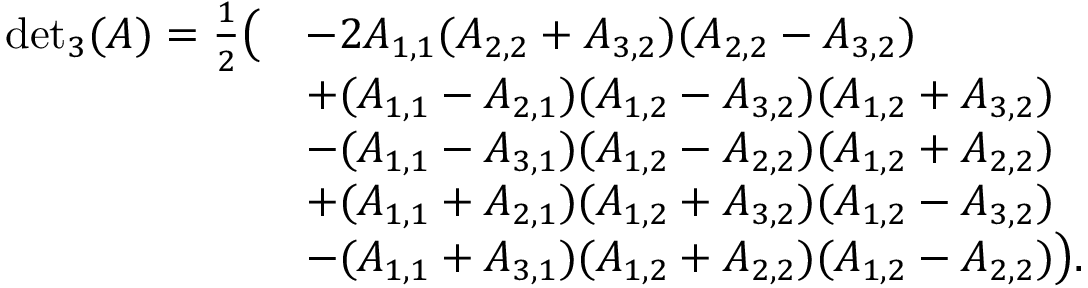
\begin{array} { r l } { { \operatorname* { d e t } } _ { 3 } ( A ) = \frac { 1 } { 2 } \big ( } & { - 2 A _ { 1 , 1 } ( A _ { 2 , 2 } + A _ { 3 , 2 } ) ( A _ { 2 , 2 } - A _ { 3 , 2 } ) } \\ & { + ( A _ { 1 , 1 } - A _ { 2 , 1 } ) ( A _ { 1 , 2 } - A _ { 3 , 2 } ) ( A _ { 1 , 2 } + A _ { 3 , 2 } ) } \\ & { - ( A _ { 1 , 1 } - A _ { 3 , 1 } ) ( A _ { 1 , 2 } - A _ { 2 , 2 } ) ( A _ { 1 , 2 } + A _ { 2 , 2 } ) } \\ & { + ( A _ { 1 , 1 } + A _ { 2 , 1 } ) ( A _ { 1 , 2 } + A _ { 3 , 2 } ) ( A _ { 1 , 2 } - A _ { 3 , 2 } ) } \\ & { - ( A _ { 1 , 1 } + A _ { 3 , 1 } ) ( A _ { 1 , 2 } + A _ { 2 , 2 } ) ( A _ { 1 , 2 } - A _ { 2 , 2 } ) \big ) . } \end{array}